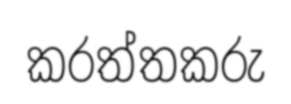
කරත්තකරු